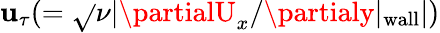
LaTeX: \mathbf{u}_{\tau}(=\sqrt{}{{\nu|\partialU_{x}/\partialy|_{\mathrm{{wall}}}|}})